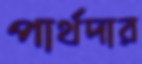
পার্থদার